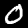
Digit: 0